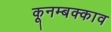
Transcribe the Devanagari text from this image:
कूनम्बक्काव